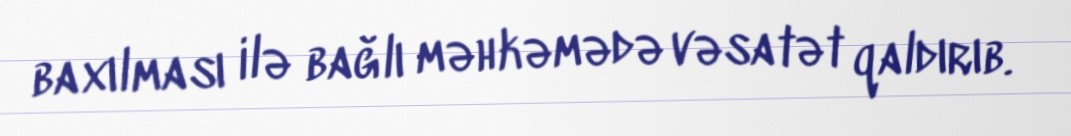
baxılması ilə bağlı məhkəmədə vəsatət qaldırıb.